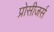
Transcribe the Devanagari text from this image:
प्रोसीजर्स